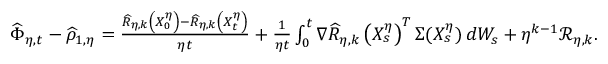
\begin{array} { r } { \widehat { \Phi } _ { \eta , t } - \widehat { \rho } _ { 1 , \eta } = \frac { \widehat { R } _ { \eta , k } \left( X _ { 0 } ^ { \eta } \right) - \widehat { R } _ { \eta , k } \left( X _ { t } ^ { \eta } \right) } { \eta t } + \frac { 1 } { \eta t } \int _ { 0 } ^ { t } \nabla \widehat { R } _ { \eta , k } \left( X _ { s } ^ { \eta } \right) ^ { T } \Sigma ( X _ { s } ^ { \eta } ) \, d W _ { s } + \eta ^ { k - 1 } \mathscr { R } _ { \eta , k } . } \end{array}